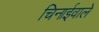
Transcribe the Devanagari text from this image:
चिनाईवाले